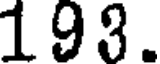
193.